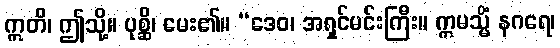
ဣတိ၊ ဤသို့။ ပုစ္ဆိ၊ မေး၏။ “ဒေဝ၊ အရှင်မင်းကြီး။ ဣမသ္မိံ နဂရေ၊